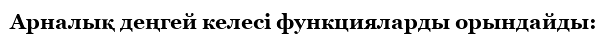
Арналық деңгей келесі функцияларды орындайды: